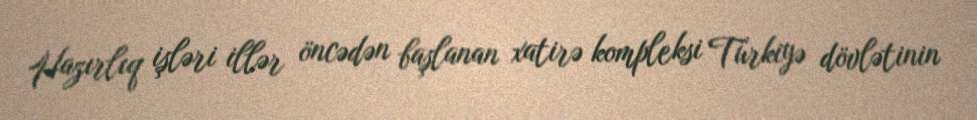
Hazırlıq işləri illər öncədən başlanan xatirə kompleksi Türkiyə dövlətinin